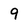
Character: 9